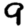
Digit: 9